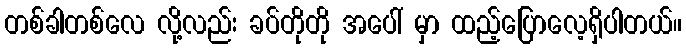
တစ်ခါတစ်လေ လို့လည်း ခပ်တိုတို အပေါ် မှာ ထည့်ပြောလေ့ရှိပါတယ်။